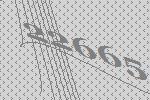
22665